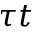
\tau t